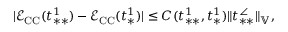
| \mathcal { E } _ { \mathrm { C C } } ( t _ { * * } ^ { 1 } ) - \mathcal { E } _ { \mathrm { C C } } ( t _ { * } ^ { 1 } ) | \le C ( t _ { * * } ^ { 1 } , t _ { * } ^ { 1 } ) \| t _ { * * } ^ { \angle } \| _ { \mathbb { V } } ,